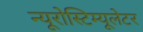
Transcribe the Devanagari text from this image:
न्यूरोस्टिम्यूलेटर